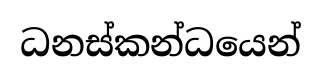
ධනස්කන්ධයෙන්